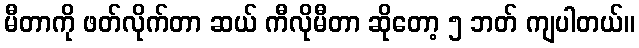
မီတာကို ဖတ်လိုက်တာ ဆယ် ကီလိုမီတာ ဆိုတော့ ၅ ဘတ် ကျပါတယ်။